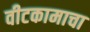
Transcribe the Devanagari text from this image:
वीटकामाचा